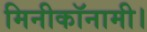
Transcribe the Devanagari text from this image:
मिनीकॉनामी।